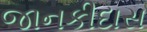
જાનકીદાસ